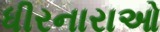
ધીરનારાઓ